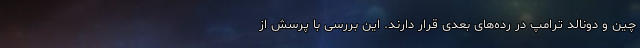
چین و دونالد ترامپ در رده‌های بعدی قرار دارند. این بررسی با پرسش از